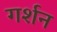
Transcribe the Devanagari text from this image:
गर्शन